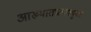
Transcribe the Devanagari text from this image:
आख्यातप्रत्यययुक्त